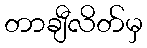
တာချီလိတ်မှ